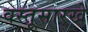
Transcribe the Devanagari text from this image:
वस्तूसारखे